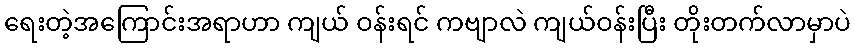
ရေးတဲ့အကြောင်းအရာဟာ ကျယ် ဝန်းရင် ကဗျာလဲ ကျယ်ဝန်းပြီး တိုးတက်လာမှာပဲ